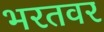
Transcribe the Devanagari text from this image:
भरतवर